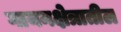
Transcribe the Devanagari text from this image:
गायनक्षेत्रातील